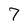
Character: 7